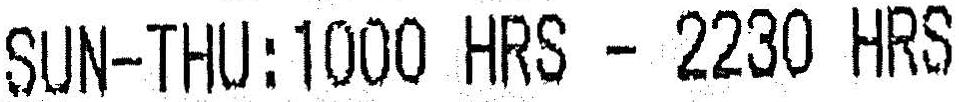
SUN-THU:1000 HRS - 2230 HRS